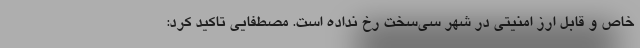
خاص و قابل ارز امنیتی در شهر سی‌سخت رخ نداده است. مصطفایی تاکید کرد: